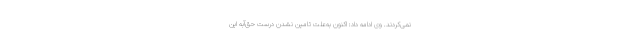
نمی‌کردند. وی ادامه داد: اکنون به‌علت ‌تامین نشدن درست حق‌آبه این